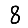
Digit: 8